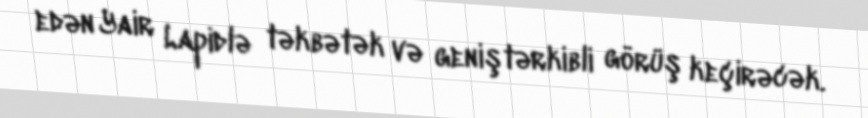
edən Yair Lapidlə təkbətək və geniştərkibli görüş keçirəcək.